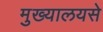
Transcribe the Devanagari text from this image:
मुख्यालयसे